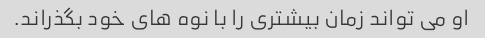
او می تواند زمان بیشتری را با نوه های خود بگذراند.